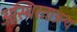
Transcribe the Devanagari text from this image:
अस्थिरताअन्य